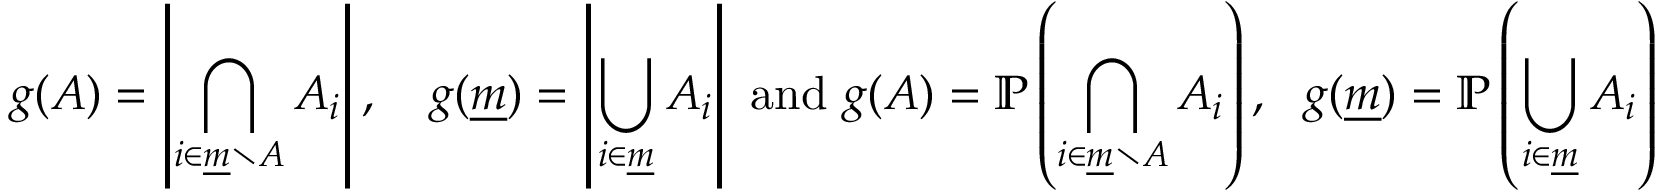
g ( A ) = \left| \bigcap _ { i \in { \underline { { m } } } \setminus A } A _ { i } \right| , \quad g ( { \underline { { m } } } ) = \left| \bigcup _ { i \in { \underline { { m } } } } A _ { i } \right| { \mathrm { ~ a n d ~ } } g ( A ) = \mathbb { P } \left( \bigcap _ { i \in { \underline { { m } } } \setminus A } A _ { i } \right) , ~ ~ g ( { \underline { { m } } } ) = \mathbb { P } \left( \bigcup _ { i \in { \underline { { m } } } } A _ { i } \right)